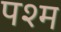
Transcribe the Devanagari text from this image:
पश्म